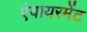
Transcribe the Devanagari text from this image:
एंवायरमेंट